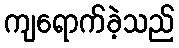
ကျရောက်ခဲ့သည်